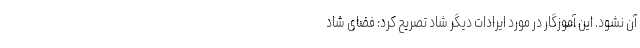
آن نشود. این آموزگار در مورد ایرادات دیگر شاد تصریح کرد: فضای شاد